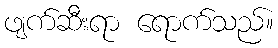
ဖျက်ဆီးရာ ရောက်သည်။